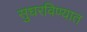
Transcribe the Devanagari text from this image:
सुधरविण्यात